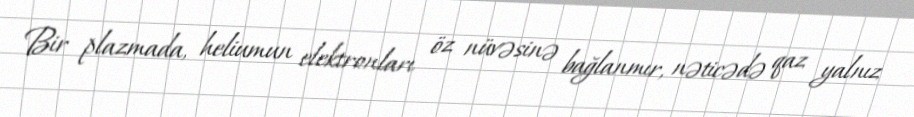
Bir plazmada, heliumun elektronları öz nüvəsinə bağlanmır, nəticədə qaz yalnız